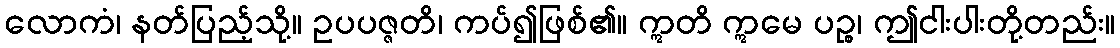
လောကံ၊ နတ်ပြည့်သို့။ ဥပပဇ္ဇတိ၊ ကပ်၍ဖြစ်၏။ ဣတိ ဣမေ ပဉ္စ၊ ဤငါးပါးတို့တည်း။